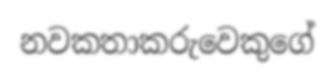
නවකතාකරුවෙකුගේ